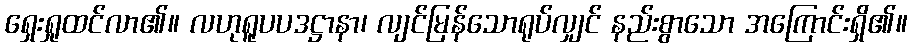
ရှေးရှုထင်လာ၏။ လဟုရူပပဒဋ္ဌာနာ၊ လျင်မြန်သောရုပ်လျှင် နည်းစွာသော အကြောင်းရှိ၏။